Report of the veterinary officer investigating camel disease
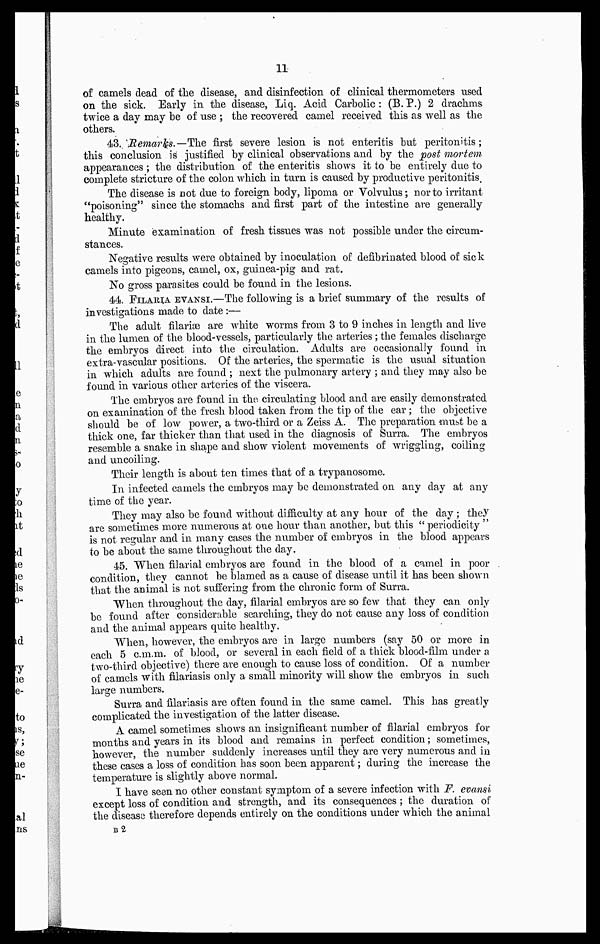
11
of camels dead of the disease, and disinfection of clinical thermometers used
on the sick. Early in the disease, Liq. Acid Carbolic : (B. P.) 2 drachms
twice a day may be of use ; the recovered camel received this as well as the
others.
43. Remarks.—The first severe lesion is not enteritis but peritonitis;
this conclusion is justified by clinical observations and by the post mortem
appearances ; the distribution of the enteritis shows it to be entirely due to
complete stricture of the colon which in turn is caused by productive peritonitis.
The disease is not due to foreign body, lipoma or Volvulus; nor to irritant
"poisoning" since the stomachs and first part of the intestine are generally
healthy.
Minute examination of fresh tissues was not possible under the circum-
stances.
Negative results were obtained by inoculation of defibrinated blood of sick
camels into pigeons, camel, ox, guinea-pig and rat.
No gross parasites could be found in the lesions.
44. FILARIA EVANSI.—The following is a brief summary of the results of
investigations made to date :—
The adult filariæ are white worms from 3 to 9 inches in length and live
in the lumen of the blood-vessels, particularly the arteries ; the females discharge
the embryos direct into the circulation. Adults are occasionally found in
extra-vascular positions. Of the arteries, the spermatic is the usual situation
in which adults are found ; next the pulmonary artery ; and they may also be
found in various other arteries of the viscera.
The embryos are found in the- circulating blood and are easily demonstrated
on examination of the fresh blood taken from the tip of the ear ; the objective
should be of low power, a two-third or a Zeiss A. The preparation must be a
thick one, far thicker than that used in the diagnosis of Surra. The embryos
resemble a snake in shape and show violent movements of wriggling, coiling
and uncoiling.
Their length is about ten times that of a trypanosome.
In infected camels the embryos may be demonstrated on any day at any
time of the year.
They may also be found without difficulty at any hour of the day ; they
are sometimes more numerous at one hour than another, but this "periodicity "
is not regular and in many cases the number of embryos in the blood appears
to be about the same throughout the day.
45. When filarial embryos are found in the blood of a camel in poor
condition, they cannot be blamed as a cause of disease until it has been shown
that the animal is not suffering from the chronic form of Surra.
When throughout the day, filarial embryos are so few that they can only
be found after considerable searching, they do not cause any loss of condition
and the animal appears quite healthy.
When, however, the embryos are in large numbers (say 50 or more in
each 5 c.m.m. of blood, or several in each field of a thick blood-film under a
two-third objective) there are enough to cause loss of condition. Of a number
of camels with filariasis only a small minority will show the embryos in such
large numbers.
Surra and filariasis are often found in the same camel. This has greatly
complicated the investigation of the latter disease.
A camel sometimes shows an insignificant number of filarial embryos for
months and years in its blood and remains in perfect condition ; sometimes,
however, the number suddenly increases until they are very numerous and in
these cases a loss of condition has soon been apparent ; during the increase the
temperature is slightly above normal.
I have seen no other constant symptom of a severe infection with F. evansi
except loss of condition and strength, and its consequences ; the duration of
the disease therefore depends entirely on the conditions under which the animal
B 2